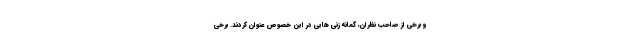
و برخی از صاحب نظران، گمانه زنی هایی در این خصوص عنوان کردند. برخی